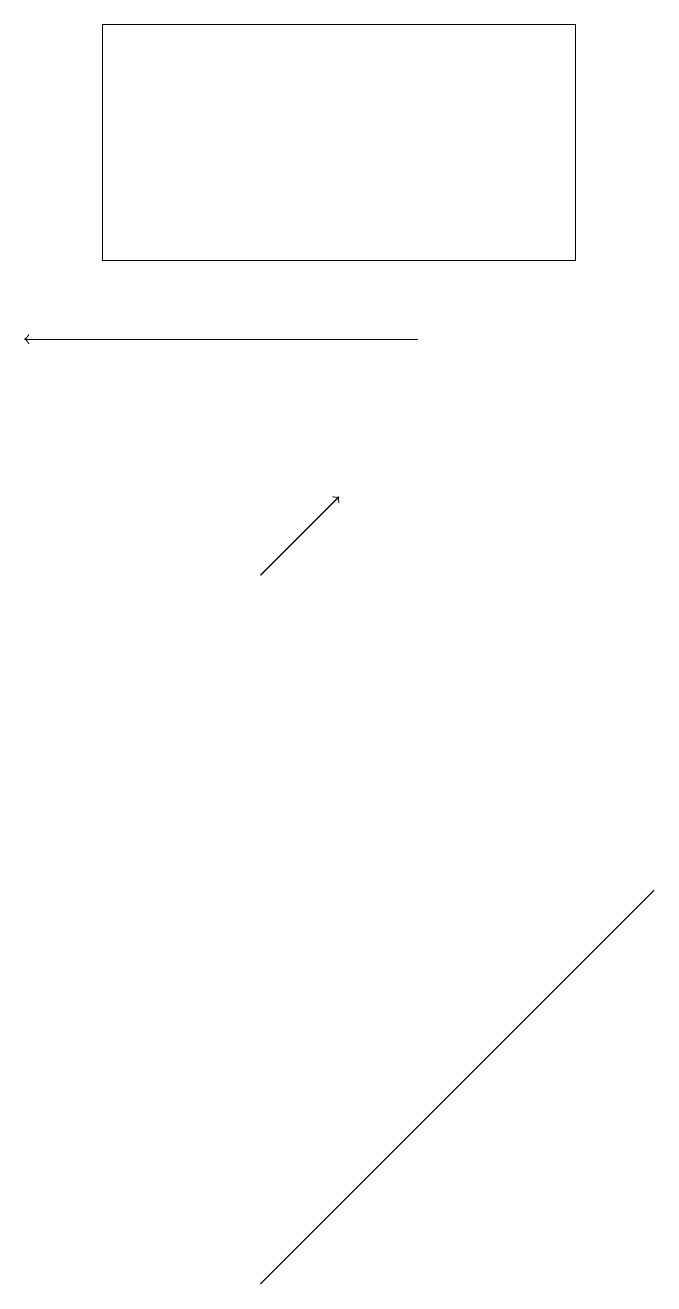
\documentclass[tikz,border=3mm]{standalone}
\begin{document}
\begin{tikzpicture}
\draw (2,16) rectangle (8,19);
\draw[->] (4,12) -- (5,13);
\draw[->] (6,15) -- (1,15);
\draw (6,5) -- (4,3) -- (9,8) -- cycle;
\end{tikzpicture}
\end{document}